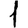
Digit: 1